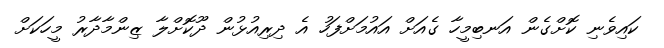
ކައިވެނި ކޮށްގެން އަނބިމީހާ ގެއަށް އައުމަށްފަހު އެ ދިރިއުޅުން ދޫކޮށްލާ ޒިންމާދާރު މީހަކަށް